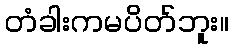
တံခါးကမပိတ်ဘူး။